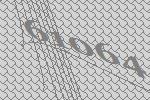
61064